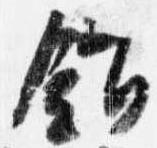
錯